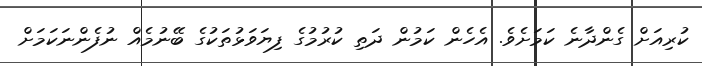
ކުރިއަށް ގެންދާނެ ކަމަށެވެ. އެހެން ކަމުން ދަތި ކުރުމުގެ ފިޔަވަޅުތަކުގެ ބޭނުމެއް ނުފެންނަކަމަށް